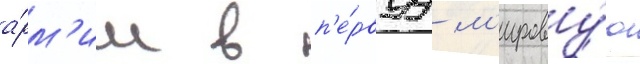
а́рм'ии в п'е́рвуу м'ирову́ю